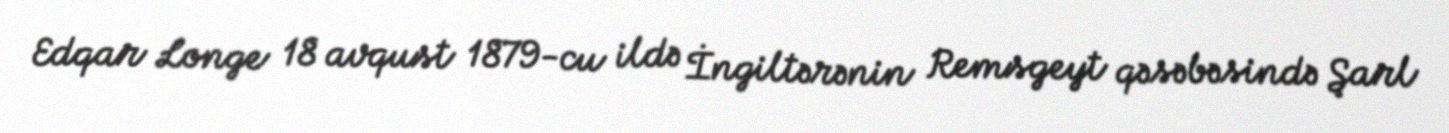
Edqar Longe 18 avqust 1879-cu ildə İngiltərənin Remsgeyt qəsəbəsində Şarl